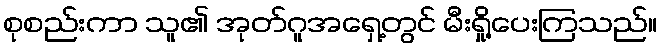
စုစည်းကာ သူ၏ အုတ်ဂူအရှေ့တွင် မီးရှို့ပေးကြသည်။